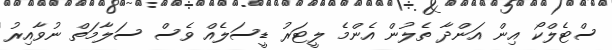
ސްޓެލްކޯ އިން އަންދާ ތެލުން އެންމެ ލީޓަރު ޑީސަލެއް ވެސް ސަލާމަތް ނުވާއިރު